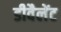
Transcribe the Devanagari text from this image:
डीवैलेंट